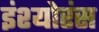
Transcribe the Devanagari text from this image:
इंश्योरंस